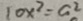
1 0 x ^ { 2 } = a ^ { 2 }